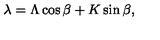
\lambda = \Lambda \cos { \beta } + K \sin { \beta } ,